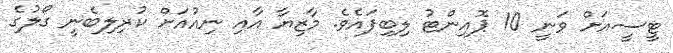
ޓީސީއަށް ވަނީ 10 ޕޮއިންޓު ލިބިފައެވެ. މާޒިޔާ އާއި ނިއުއަށް ކުރިލިބެނީ ގޯލުގެ